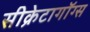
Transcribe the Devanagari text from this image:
सीक्रेटागॉग्स